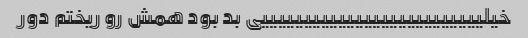
خیلییییییییییییییییییییییییییی بد بود همش رو ریختم دور